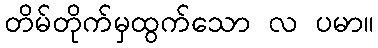
တိမ်တိုက်မှထွက်သော လ ပမာ။